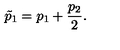
\tilde { p } _ { 1 } = p _ { 1 } + \frac { p _ { 2 } } { 2 } .